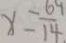
x = \frac { 6 9 } { 1 4 }